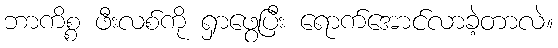
ဘာကိစ္စ ဖီးလစ်ကို ရှာဖွေပြီး ရောက်အောင်လာခဲ့တာလဲ။